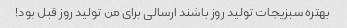
بهتره سبزیجات تولید روز باشند ارسالی برای من تولید روز قبل بود!